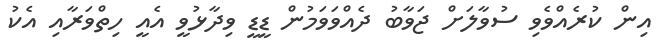
އިން ކުރެއްވެވި ސުވާލަށް ޖަވާބު ދެއްވަވަމުން ޑީޑީ ވިދާޅުވީ އެއީ ހިތްވަރާއި އެކު